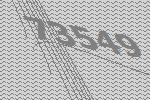
73549